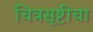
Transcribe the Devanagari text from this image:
चित्रसृष्टीचा